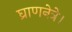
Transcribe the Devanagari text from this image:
घ्राणनेत्रे।